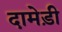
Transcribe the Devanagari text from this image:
दामेड़ी